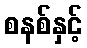
စနစ်နှင့်